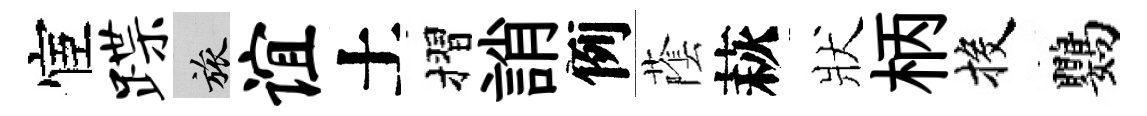
宦蹀旅谊土摺誚例䕃萩狀柄投鸚